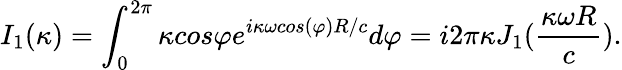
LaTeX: I_{1}(\kappa)=\int_{0}^{2\pi}{\kappa}cos{\varphi}e^{i\kappa\omega{cos(\varphi)}R/c}d{\varphi}=i2{\pi}{\kappa}J_{1}(\frac{\kappa\omega{R}}{c}).